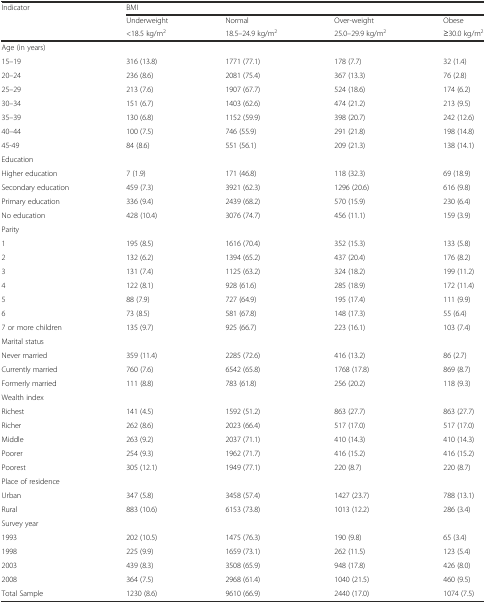
<table><thead><tr><td rowspan="3"><b>Indicator</b></td><td colspan="4"><b>BMI</b></td></tr><tr><td><b>Underweight</b></td><td><b>Normal</b></td><td><b>Over-weight</b></td><td><b>Obese</b></td></tr><tr><td><b>&lt;18.5 kg/m<sup>2</sup></b></td><td><b>18.5–24.9 kg/m<sup>2</sup></b></td><td><b>25.0–29.9 kg/m<sup>2</sup></b></td><td><b>≥30.0 kg/m<sup>2</sup></b></td></tr></thead><tbody><tr><td>Age (in years)</td><td></td><td></td><td></td><td></td></tr><tr><td>15–19</td><td>316 (13.8)</td><td>1771 (77.1)</td><td>178 (7.7)</td><td>32 (1.4)</td></tr><tr><td>20–24</td><td>236 (8.6)</td><td>2081 (75.4)</td><td>367 (13.3)</td><td>76 (2.8)</td></tr><tr><td>25–29</td><td>213 (7.6)</td><td>1907 (67.7)</td><td>524 (18.6)</td><td>174 (6.2)</td></tr><tr><td>30–34</td><td>151 (6.7)</td><td>1403 (62.6)</td><td>474 (21.2)</td><td>213 (9.5)</td></tr><tr><td>35–39</td><td>130 (6.8)</td><td>1152 (59.9)</td><td>398 (20.7)</td><td>242 (12.6)</td></tr><tr><td>40–44</td><td>100 (7.5)</td><td>746 (55.9)</td><td>291 (21.8)</td><td>198 (14.8)</td></tr><tr><td>45-49</td><td>84 (8.6)</td><td>551 (56.1)</td><td>209 (21.3)</td><td>138 (14.1)</td></tr><tr><td>Education</td><td></td><td></td><td></td><td></td></tr><tr><td>Higher education</td><td>7 (1.9)</td><td>171 (46.8)</td><td>118 (32.3)</td><td>69 (18.9)</td></tr><tr><td>Secondary education</td><td>459 (7.3)</td><td>3921 (62.3)</td><td>1296 (20.6)</td><td>616 (9.8)</td></tr><tr><td>Primary education</td><td>336 (9.4)</td><td>2439 (68.2)</td><td>570 (15.9)</td><td>230 (6.4)</td></tr><tr><td>No education</td><td>428 (10.4)</td><td>3076 (74.7)</td><td>456 (11.1)</td><td>159 (3.9)</td></tr><tr><td>Parity</td><td></td><td></td><td></td><td></td></tr><tr><td>1</td><td>195 (8.5)</td><td>1616 (70.4)</td><td>352 (15.3)</td><td>133 (5.8)</td></tr><tr><td>2</td><td>132 (6.2)</td><td>1394 (65.2)</td><td>437 (20.4)</td><td>176 (8.2)</td></tr><tr><td>3</td><td>131 (7.4)</td><td>1125 (63.2)</td><td>324 (18.2)</td><td>199 (11.2)</td></tr><tr><td>4</td><td>122 (8.1)</td><td>928 (61.6)</td><td>285 (18.9)</td><td>172 (11.4)</td></tr><tr><td>5</td><td>88 (7.9)</td><td>727 (64.9)</td><td>195 (17.4)</td><td>111 (9.9)</td></tr><tr><td>6</td><td>73 (8.5)</td><td>581 (67.8)</td><td>148 (17.3)</td><td>55 (6.4)</td></tr><tr><td>7 or more children</td><td>135 (9.7)</td><td>925 (66.7)</td><td>223 (16.1)</td><td>103 (7.4)</td></tr><tr><td>Marital status</td><td></td><td></td><td></td><td></td></tr><tr><td>Never married</td><td>359 (11.4)</td><td>2285 (72.6)</td><td>416 (13.2)</td><td>86 (2.7)</td></tr><tr><td>Currently married</td><td>760 (7.6)</td><td>6542 (65.8)</td><td>1768 (17.8)</td><td>869 (8.7)</td></tr><tr><td>Formerly married</td><td>111 (8.8)</td><td>783 (61.8)</td><td>256 (20.2)</td><td>118 (9.3)</td></tr><tr><td>Wealth index</td><td></td><td></td><td></td><td></td></tr><tr><td>Richest</td><td>141 (4.5)</td><td>1592 (51.2)</td><td>863 (27.7)</td><td>863 (27.7)</td></tr><tr><td>Richer</td><td>262 (8.6)</td><td>2023 (66.4)</td><td>517 (17.0)</td><td>517 (17.0)</td></tr><tr><td>Middle</td><td>263 (9.2)</td><td>2037 (71.1)</td><td>410 (14.3)</td><td>410 (14.3)</td></tr><tr><td>Poorer</td><td>254 (9.3)</td><td>1962 (71.7)</td><td>416 (15.2)</td><td>416 (15.2)</td></tr><tr><td>Poorest</td><td>305 (12.1)</td><td>1949 (77.1)</td><td>220 (8.7)</td><td>220 (8.7)</td></tr><tr><td>Place of residence</td><td></td><td></td><td></td><td></td></tr><tr><td>Urban</td><td>347 (5.8)</td><td>3458 (57.4)</td><td>1427 (23.7)</td><td>788 (13.1)</td></tr><tr><td>Rural</td><td>883 (10.6)</td><td>6153 (73.8)</td><td>1013 (12.2)</td><td>286 (3.4)</td></tr><tr><td>Survey year</td><td></td><td></td><td></td><td></td></tr><tr><td>1993</td><td>202 (10.5)</td><td>1475 (76.3)</td><td>190 (9.8)</td><td>65 (3.4)</td></tr><tr><td>1998</td><td>225 (9.9)</td><td>1659 (73.1)</td><td>262 (11.5)</td><td>123 (5.4)</td></tr><tr><td>2003</td><td>439 (8.3)</td><td>3508 (65.9)</td><td>948 (17.8)</td><td>426 (8.0)</td></tr><tr><td>2008</td><td>364 (7.5)</td><td>2968 (61.4)</td><td>1040 (21.5)</td><td>460 (9.5)</td></tr><tr><td>Total Sample</td><td>1230 (8.6)</td><td>9610 (66.9)</td><td>2440 (17.0)</td><td>1074 (7.5)</td></tr></tbody></table>